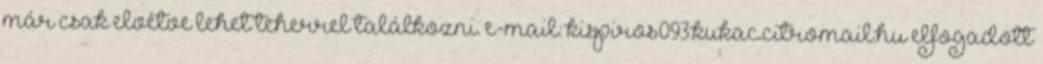
már csak elvétve lehet teherrel találkozni. e-mail: kispiros093.kukac.citromail.hu elfogadott